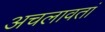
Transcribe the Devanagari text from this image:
अचलावतां